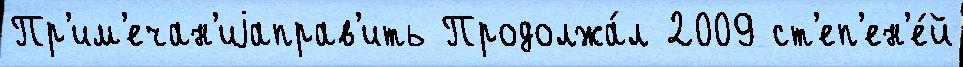
Пр'им'ечан'иjаправ'ить Продолжа́л 2009 ст'еп'ен'е́й